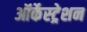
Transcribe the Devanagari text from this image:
ऑर्केस्ट्रेशन